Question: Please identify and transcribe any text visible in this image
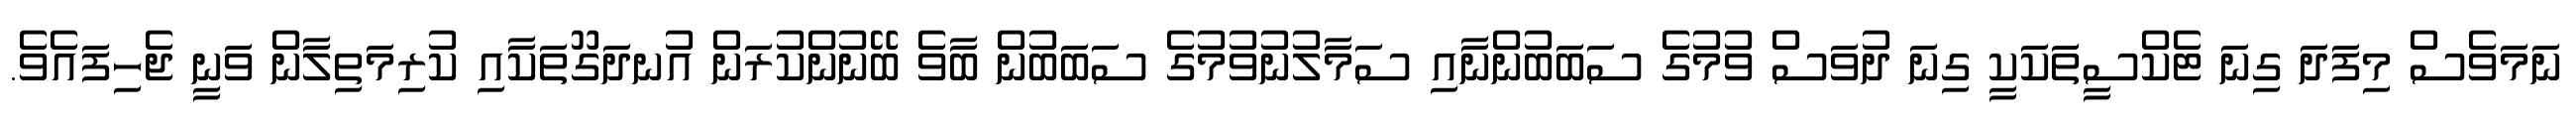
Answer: ނަމަވެސް މިފަދަ ގިނަ ޓެކްސީތަކަކީ ގިނަ ދުވަސް ވުމުގެ ސަބަބުންނާއި ސަމާލުނުވުމުގެ ސަބަބުން ބާވެ ބޭނުންކުރަން އުނދަގޫތަކާއި ކުރިމަތިލާން ވަނީ ޖެހިފައެވެ.